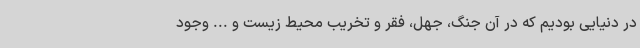
در دنیایی بودیم که در آن جنگ، جهل، فقر و تخریب محیط زیست و ... وجود